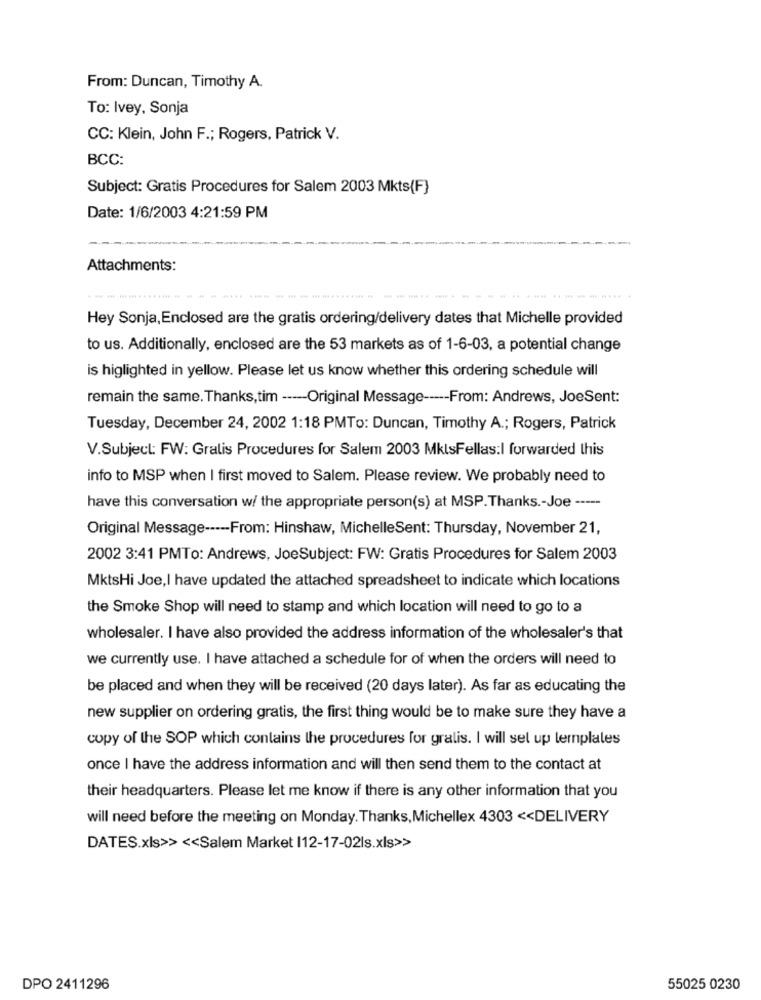
From: Duncan, Timothy A.
To: Ivey, Sonja
CC: Klein, John F .; Rogers, Patrick V.
BCC:
Subject: Gratis Procedures for Salem 2003 Mkts(F}
Date: 1/6/2003 4:21:59 PM
Attachments:
Hey Sonja, Enclosed are the gratis ordering/delivery dates that Michelle provided
to us. Additionally, enclosed are the 53 markets as of 1-6-03, a potential change
is higlighted in yellow. Please let us know whether this ordering schedule will
remain the same. Thanks,tim ---- Original Message ----- From: Andrews, JoeSent:
Tuesday, December 24, 2002 1:18 PMTo: Duncan, Timothy A .; Rogers, Patrick
V.Subject: FW: Gratis Procedures for Salem 2003 MktsFellas:I forwarded this
info to MSP when I first moved to Salem. Please review. We probably need to
have this conversation w/ the appropriate person(s) at MSP.Thanks .- Joe -----
Original Message ----- From: Hinshaw, MichelleSent: Thursday, November 21,
2002 3:41 PMTo: Andrews, JoeSubject: FW: Gratis Procedures for Salem 2003
MktsHi Joe,I have updated the attached spreadsheet to indicate which locations
the Smoke Shop will need to stamp and which location will need to go to a
wholesaler. I have also provided the address information of the wholesaler's that
we currently use. I have attached a schedule for of when the orders will need to
be placed and when they will be received (20 days later). As far as educating the
new supplier on ordering gratis, the first thing would be to make sure they have a
copy of the SOP which contains the procedures for gratis. I will set up templates
once I have the address information and will then send them to the contact at
their headquarters. Please let me know if there is any other information that you
will need before the meeting on Monday. Thanks, Michellex 4303 << DELIVERY
DATES.xls>> << Salem Market 112-17-02ls.xls>>
DPO 2411296
55025 0230